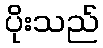
ပိုးသည်